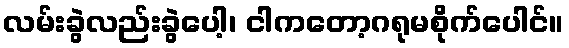
လမ်းခွဲလည်းခွဲပေါ့၊ ငါကတော့ဂရုမစိုက်ပေါင်။